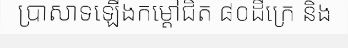
ប្រាសាទឡើងកម្តៅជិត ៨០ដឺក្រេ និង